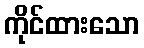
ကိုင်ထားသော